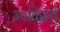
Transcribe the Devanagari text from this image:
३०किलो